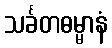
သင်္ခတဓမ္မာနံ